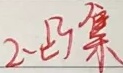
2-凸集